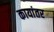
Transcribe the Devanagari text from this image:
कायांतर